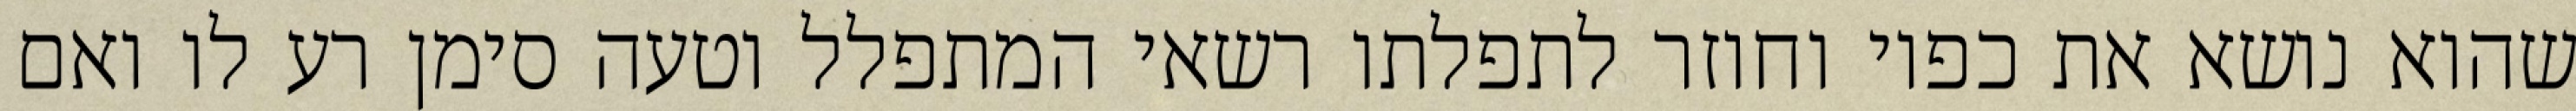
שהוא נושא את כפיו וחוזר לתפלתו רשאי המתפלל וטעה סימן רע לו ואם